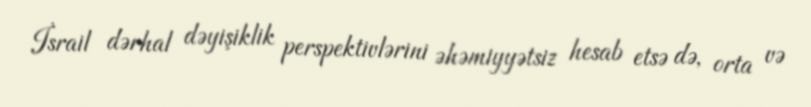
İsrail dərhal dəyişiklik perspektivlərini əhəmiyyətsiz hesab etsə də, orta və